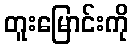
တူးမြောင်းကို